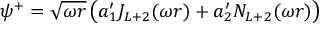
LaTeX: \psi ^ { + } = \sqrt { \omega r } \left( a _ { 1 } ^ { \prime } J _ { L + 2 } ( \omega r ) + a _ { 2 } ^ { \prime } N _ { L + 2 } ( \omega r ) \right)